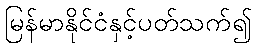
မြန်မာနိုင်ငံနှင့်ပတ်သက်၍